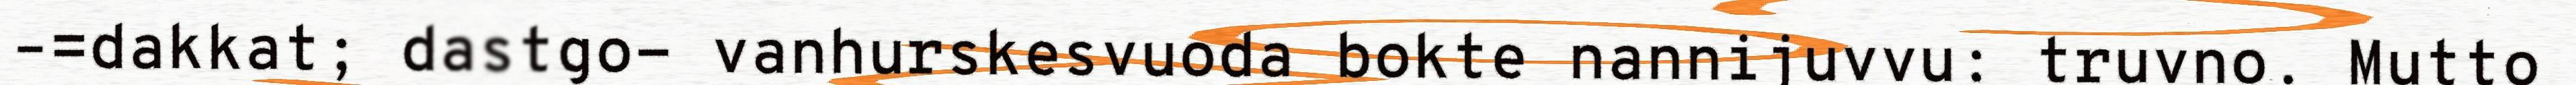
–=dakkat; dastgo- vanhurskesvuoda bokte nannijuvvu: truvno. Mutto